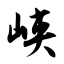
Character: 峡